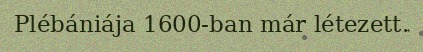
Plébániája 1600-ban már létezett.